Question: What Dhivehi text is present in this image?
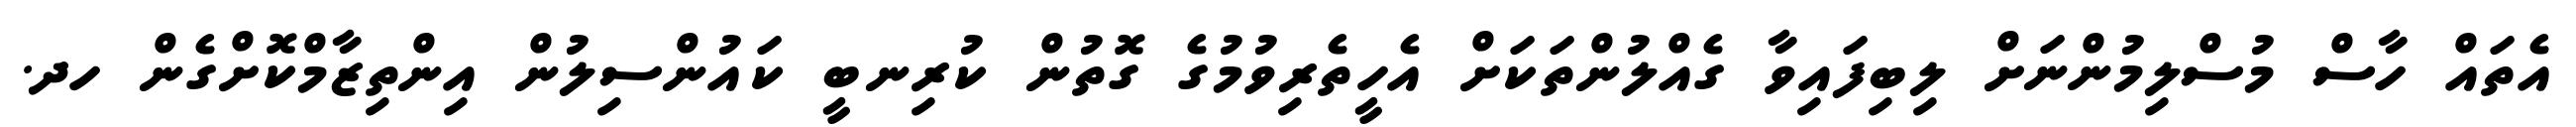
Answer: އެތައް ހާސް މުސްލިމުންނަށް ލިބިފައިވާ ގެއްލުންތަކަށް އެހީތެރިވުމުގެ ގޮތުން ކުރިނބީ ކައުންސިލުން އިންތިޒާމްކޮށްގެން ހދ.